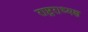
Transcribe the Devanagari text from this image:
राष्ट्रराध्यक्ष